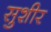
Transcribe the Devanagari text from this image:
सुशीर